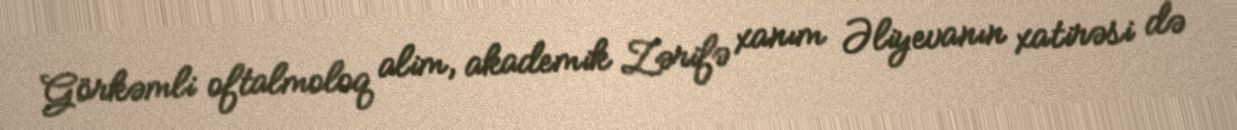
Görkəmli oftalmoloq alim, akademik Zərifə xanım Əliyevanın xatirəsi də